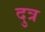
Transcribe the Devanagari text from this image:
दुत्र